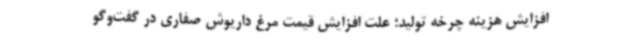
افزایش هزینه چرخه تولید؛ علت افزایش قیمت مرغ داریوش صفاری در گفت‌وگو